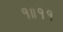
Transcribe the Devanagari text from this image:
१॥११